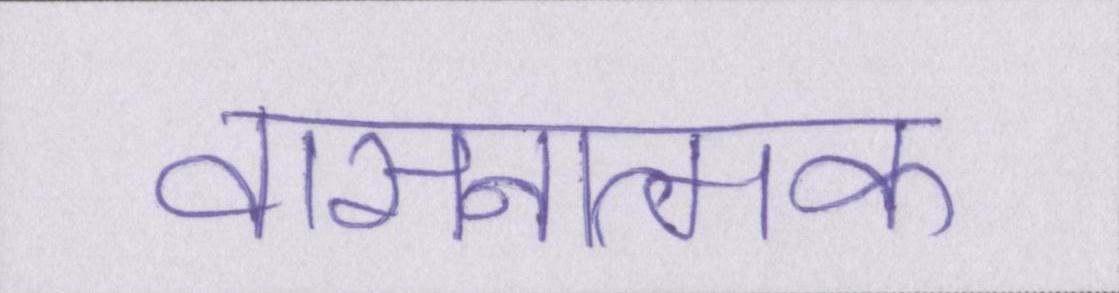
वासनात्मक